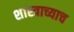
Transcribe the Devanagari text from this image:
शास्त्राच्याच